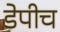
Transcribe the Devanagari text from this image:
डेपीच